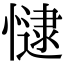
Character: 𢠻